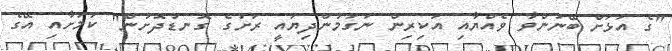
"ގެ އަޅަށް ބޭނުންވާ ވެއްޔާއި އަކިރިން ނަގަމުންދިޔައީ ރަށުގެ ގޮނޑުދޮށުން" ކަމަށާއި އޭގެ